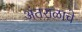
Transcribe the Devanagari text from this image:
अंतराळाचे